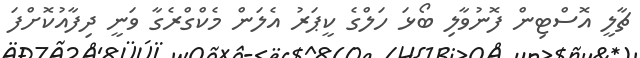
ޗާލީ އޮސްޓިން ފޮނުވާލި ބޯޅަ ހަލްގެ ކީޕަރު އެލަން މެކްގްރެގާ ވަނީ ދިފާއުކޮށްފަ